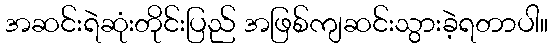
အဆင်းရဲဆုံးတိုင်းပြည် အဖြစ်ကျဆင်းသွားခဲ့ရတာပါ။